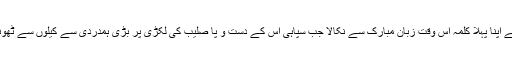
خداوند یسوع نے اپنا پہلا کلمہ اس وقت زبان مبارک سے نکالا جب سپاہی اس کے دست و پا صلیب کی لکڑی پر بڑی ہمدردی سے کیلوں سے ٹھونک رہے تھے۔